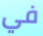
في